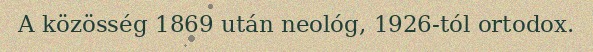
A közösség 1869 után neológ, 1926-tól ortodox.